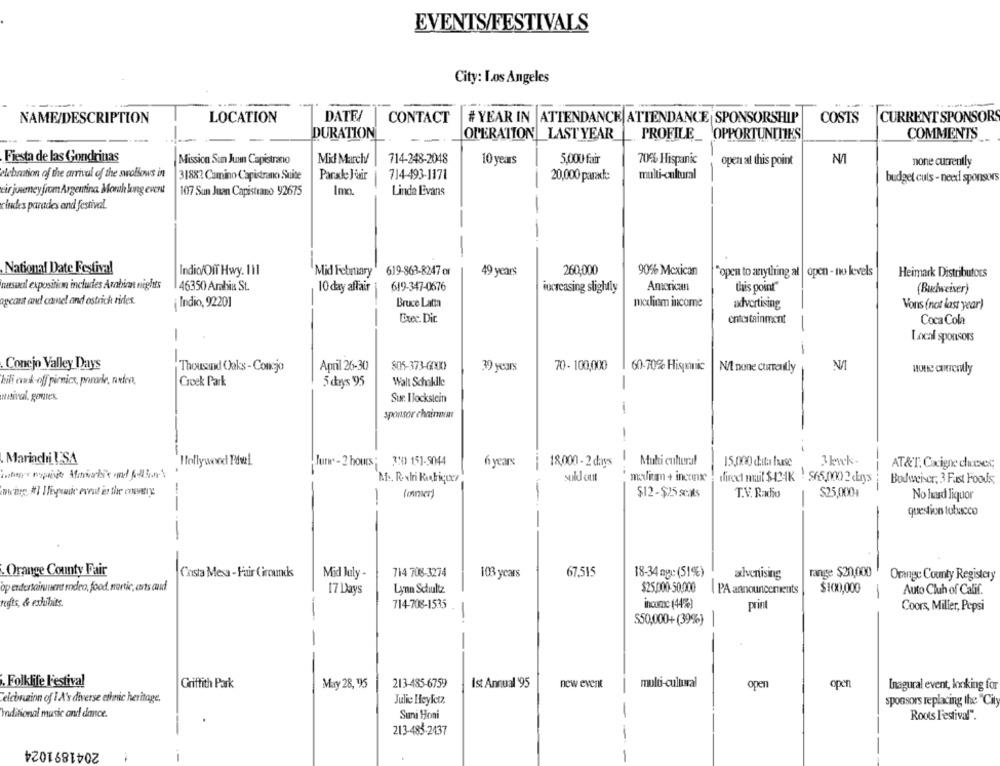
EVENTS/FESTIVALS
City: Los Angeles
NAME/DESCRIPTION
LOCATION
DATE
CONTACT
# YEAR IN ATTENDANCE ATTENDANCE SPONSORSHIP
COSTS
CURRENT SPONSORS
DURATION
OPERATION LAST YEAR
PROFILE_
OPPORTUNITIES
COMMENTS
Fiesta de las Gondrinas
Mission Sun Juan Capistrano
Mid March!
714-248-2048
10 years
5,000 fair
70% Hispanic
open al this point
N/T
none currently
celebration of the arrival of the swallows in
31882 Camino Capistrano Suite
Parale Hair
714-493-1171
multi-cultural
20,000 parade
budget cuts - need sponsors
cir juveney fromArgentina. Moruh long everst
Imo
Linda Evans
1017 San Juan Capistrano 92675
cludes parades and festival.
--
-
National Date Festival
Indic/OIT Hwy. 111
Mid February
619-863-8247 or
49 years
260,000
90% Mexican
"open to anything at | open - no levels
Heimark Distributors
nasacil exposition includes Arabian nights
46350 Arabia St.
10 day affair
619-347-0676
increasing slightly
American
this point"
(Budweiser)
agcant and camel and ostrich rides.
Indio, 92201
Bruce Latta
nxxlinom income
advertising
Vons (not last year)
-
Exec. Dir.
entertainment
Coca Cola
-
Local sponsors
--
-
Conejo Valley Days
April 26-30
805-373-6000
30 years
70- 100,000
60-70% Hispanic
Thousand Oaks -Conejo
N/l none currently
none currently
kili cank-off picnicx, pomode, rufen,
Creek Park
5 dkrys 95
Walt Schakile
-
Natinal. gomes.
Sur. Ilockstein
sponsor chaimwant
1
. Mariachi USA
Hollywood Fewel.
Jurw-2 hours: 320 151-5044
6 years
--
18,000 - 2 days
Multi cultural
15,000 data luise
AT&T. Cacigne cheeses;
suld count
malim + inconx
direct mail $124K - 565.000 2 chrys
Bodweiser, 3 Fast Foods,
-
(ocr)
-
$12-$25 sals
T.V. Radio
$25,000+
No hard liquor
---
question tobacco
Orange County Fair
Costa Mesa - Fair Grounds
Mid July -
714 708-3274
103 years
67,515
18-34 mgc (51%)
advertising
range $20,000
Orange County Registery
op endertairunent rodeo, food, martic, carts cid
Lynn Schultz
$25.0000-50,000
PA announcements
$100,000
-
Auto Club of Calif.
17 Days
reyfts, & exhibits.
714-708-1535
income (44%)
print
Coors, Miller, Pepsi
-
550,000+(39%)
-
. Folklife Festival
213-435-6759
Ist Annual '95
new event
multi-cultural
Griffith Park
May 28, 95
oper
open
Inagural event, looking for
Celebration of I A' diverse ettmic heritage.
Julie Heyletz.
sponsors replacing the "City
Iaditional music and dance
Suni Honi
Roots Festival".
213-485-2437
-
2041891024